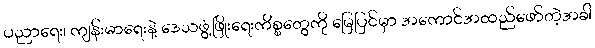
ပညာရေး၊ ကျန်းမာရေးနဲ့ ဒေသဖွံ့ဖြိုးရေးကိစ္စတွေကို မြေပြင်မှာ အကောင်အထည်ဖော်တဲ့အခါ